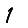
Digit: 1